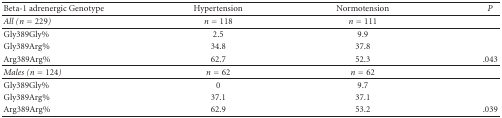
<table><thead><tr><td><b>Beta-1 adrenergic Genotype</b></td><td><b>Hypertension</b></td><td><b>Normotension</b></td><td><b><i>P</i></b></td></tr></thead><tbody><tr><td><i>All (</i><i>n</i> = 229)</td><td><i>n</i> = 118</td><td><i>n</i> = 111</td><td></td></tr><tr><td>Gly389Gly%</td><td>2.5</td><td>9.9</td><td></td></tr><tr><td>Gly389Arg%</td><td>34.8</td><td>37.8</td><td></td></tr><tr><td>Arg389Arg%</td><td>62.7</td><td>52.3</td><td>.043</td></tr><tr><td><i>Males (</i><i>n</i> = 124)</td><td><i>n</i> = 62</td><td><i>n</i> = 62</td><td></td></tr><tr><td>Gly389Gly%</td><td>0</td><td>9.7</td><td></td></tr><tr><td>Gly389Arg%</td><td>37.1</td><td>37.1</td><td></td></tr><tr><td>Arg389Arg%</td><td>62.9</td><td>53.2</td><td>.039</td></tr></tbody></table>